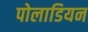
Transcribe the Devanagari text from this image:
पोलाडियन